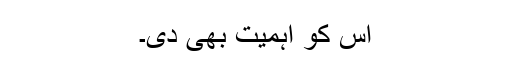
اس کو اہمیت بھی دی۔